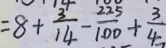
= 8 + \frac { 3 } { 1 4 } - \frac { 2 2 5 } { 1 0 0 } + \frac { 3 } { 4 }